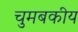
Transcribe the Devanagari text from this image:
चुमबकीय